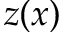
z ( x )